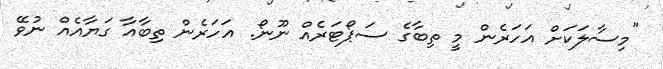
"މިސާލަކަށް އަހަރެން މީ ތިބާގެ ސަޕޯޓަރެއް ނޫނޯ. އަހަރެން ތިބާއާ ގަޔާއެއް ނުވޭ